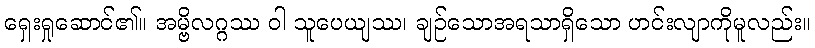
ရှေးရှုဆောင်၏။ အမ္ဗိလဂ္ဂဿ ဝါ သူပေယျဿ၊ ချဉ်သောအရသာရှိသော ဟင်းလျာကိုမူလည်း။